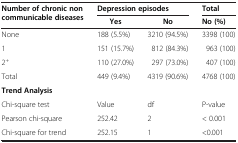
<table><thead><tr><td rowspan="2"><b>Number of chronic non communicable diseases</b></td><td colspan="2"><b>Depression episodes</b></td><td><b>Total</b></td></tr><tr><td><b>Yes</b></td><td><b>No</b></td><td><b>No (%)</b></td></tr></thead><tbody><tr><td>None</td><td>188 (5.5%)</td><td>3210 (94.5%)</td><td>3398 (100)</td></tr><tr><td>1</td><td>151 (15.7%)</td><td>812 (84.3%)</td><td>963 (100)</td></tr><tr><td>2<sup>+</sup></td><td>110 (27.0%)</td><td>297 (73.0%)</td><td>407 (100)</td></tr><tr><td>Total</td><td>449 (9.4%)</td><td>4319 (90.6%)</td><td>4768 (100)</td></tr><tr><td colspan="4"><b>Trend Analysis</b></td></tr><tr><td>Chi-square test</td><td>Value</td><td>df</td><td>P-value</td></tr><tr><td>Pearson chi-square</td><td>252.42</td><td>2</td><td>&lt; 0.001</td></tr><tr><td>Chi-square for trend</td><td>252.15</td><td>1</td><td>&lt;0.001</td></tr></tbody></table>